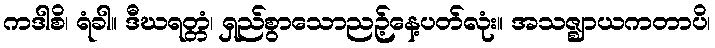
ကဒါစိ၊ ရံခါ။ ဒီဃရတ္တံ၊ ရှည်စွာသောညဉ့်နေ့ပတ်လုံး။ အသဇ္ဈာယကတာပိ၊